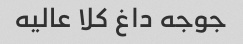
جوجه داغ کلا عالیه